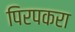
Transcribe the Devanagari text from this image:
पिरपकरा